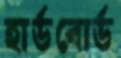
হার্ডবোর্ড